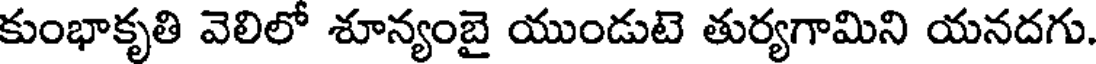
కుంభాకృతి వెలిలో శూన్యంబై యుండుటె తుర్యగామిని యనదగు.